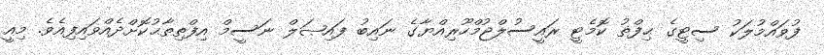
ފުވައްމުލަކު ސިޓީގެ ޙިފްޡު ކޮމެޓީ ރައީސުލްޖުމްހޫރިއްޔާގެ ނައިބު ފައިޞަލް ނަސީމް އިފްތިތާޙުކޮށްދެއްވައިފިއެވެ. މިއީ